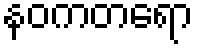
နဝကတရော